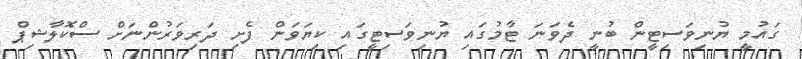
ގައުމީ ޔުނިވަސިޓީން ބުނީ ދެވަނަ ޓާމުގައި ޔުނިވަސިޓީގައި ކިޔަވަން ފެށި ދަރިވަރުންނަށް ސްކޮލާޝިޕް